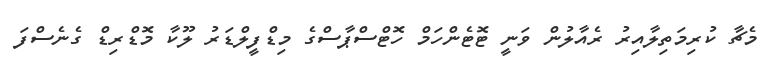
މެޗާ ކުރިމަތިލާއިރު ރެއާލުން ވަނީ ޓޮޓެންހަމް ހޮޓްސްޕާސްގެ މިޑްފީލްޑަރު ލޫކާ މޮޑްރިޑް ގެނެސްފަ